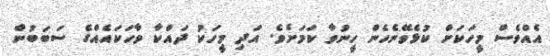
އެއްވެސް މީހަކަށް ކުޅެވޭނެހެން ހީނުވާ ކަމަށެވެ. އަދި މީހަކު ދައްކާ ވާހަކައެއްގެ ސަބަބުން